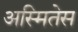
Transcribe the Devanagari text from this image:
अस्मितेस